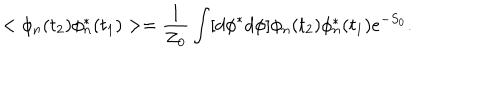
< \phi _ { n } ( t _ { 2 } ) \phi _ { n } ^ { * } ( t _ { 1 } ) > = \frac { 1 } { Z _ { 0 } } \int [ d \phi ^ { * } d \phi ] \phi _ { n } ( t _ { 2 } ) \phi _ { n } ^ { * } ( t _ { 1 } ) e ^ { - S _ { 0 } } .